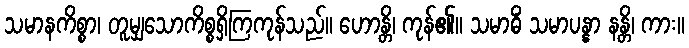
သမာနကိစ္စာ၊ တူမျှသောကိစ္စရှိကြကုန်သည်။ ဟောန္တိ၊ ကုန်၏။ သမာဓိံ သမာပန္နာ နန္တိ၊ ကား။